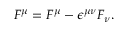
{ \cal F } ^ { \mu } = F ^ { \mu } - { \epsilon } ^ { { \mu } { \nu } } F _ { \nu } .